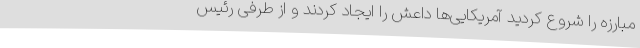
مبارزه را شروع کردید آمریکایی‌ها داعش را ایجاد کردند و از طرفی رئیس